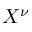
X ^ { \nu }